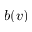
b ( v )